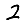
Digit: 2